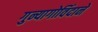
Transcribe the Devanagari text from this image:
गुन्यागोविंदाने